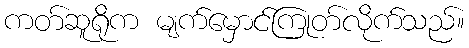
ကတ်ဆူရိုက မျက်မှောင်ကြုတ်လိုက်သည်။